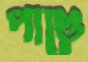
পাণ্ডে